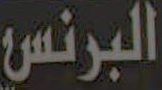
البرنس